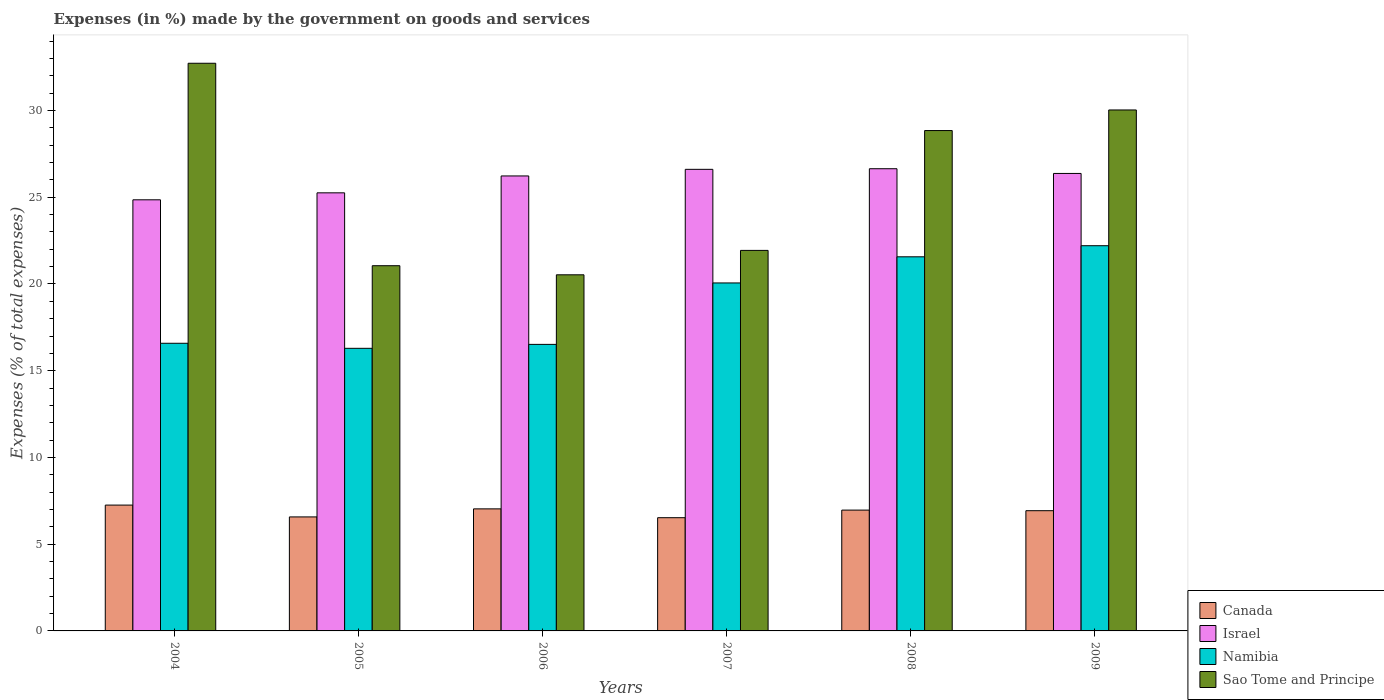
| Years | Canada | Israel | Namibia | Sao Tome and Principe |
 | --- | --- | --- | --- | --- |
 | 2004 | 7.25 | 24.9 | 16.6 | 32.7 |
 | 2005 | 6.57 | 25.3 | 16.3 | 21.1 |
 | 2006 | 7.04 | 26.2 | 16.5 | 20.5 |
 | 2007 | 6.53 | 26.6 | 20.1 | 21.9 |
 | 2008 | 6.97 | 26.6 | 21.6 | 28.8 |
 | 2009 | 6.93 | 26.4 | 22.2 | 30 |